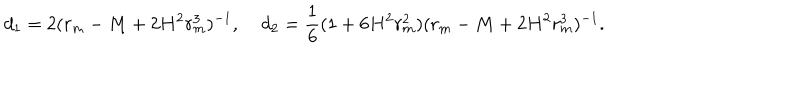
LaTeX: d _ { 1 } = 2 ( r _ { m } - M + 2 H ^ { 2 } r _ { m } ^ { 3 } ) ^ { - 1 } , \; d _ { 2 } = \frac { 1 } { 6 } ( 1 + 6 H ^ { 2 } r _ { m } ^ { 2 } ) ( r _ { m } - M + 2 H ^ { 2 } r _ { m } ^ { 3 } ) ^ { - 1 } .